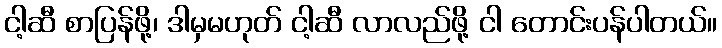
ငါ့ဆီ စာပြန်ဖို့၊ ဒါမှမဟုတ် ငါ့ဆီ လာလည်ဖို့ ငါ တောင်းပန်ပါတယ်။